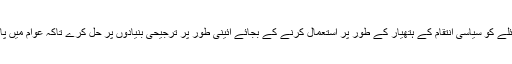
پنجاب حکومت کو چاہیے کہ اس مسئلے کو سیاسی انتقام کے ہتھیار کے طور پر استعمال کرنے کے بجائے آئینی طور پر ترجیحی بنیادوں پر حل کرے تاکہ عوام میں پائی جانے والی بے چینی کا خاتمہ ہو۔